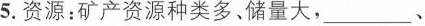
5.资源：矿产资源种类多、储量大，___、